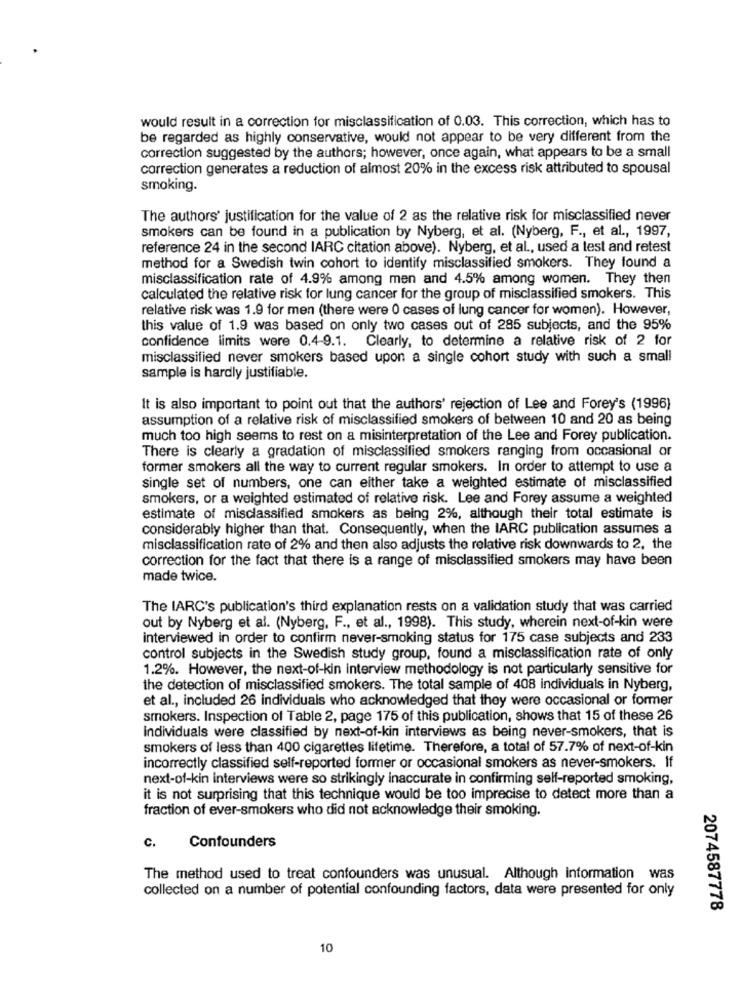
would result in a correction for misclassification of 0.03. This correction, which has to
be regarded as highly conservative, would not appear to be very different from the
correction suggested by the authors; however, once again, what appears to be a small
correction generates a reduction of almost 20% in the excess risk attributed to spousal
smoking.
The authors' justification for the value of 2 as the relative risk for misclassified never
smokers can be found in a publication by Nyberg, et al. (Nyberg, F ., et al ., 1997,
reference 24 in the second IARC citation above). Nyberg, et al ., used a test and retest
method for a Swedish twin cohort to identify misclassified smokers. They found a
misclassification rate of 4.9% among men and 4.5% among women. They then
calculated the relative risk for lung cancer for the group of misclassified smokers. This
relative risk was 1.9 for men (there were 0 cases of lung cancer for women). However,
this value of 1.9 was based on only two cases out of 285 subjects, and the 95%
confidence limits were 0.4-9.1. Clearly, to determine a relative risk of 2 for
misclassified never smokers based upon a single cohort study with such a small
sample is hardly justifiable.
It is also important to point out that the authors' rejection of Lee and Forey's (1996)
assumption of a relative risk of misclassified smokers of between 10 and 20 as being
much too high seems to rest on a misinterpretation of the Lee and Forey publication.
There is clearly a gradation of misclassified smokers ranging from occasional or
former smokers all the way to current regular smokers. In order to attempt to use a
single set of numbers, one can either take a weighted estimate of misclassified
smokers, or a weighted estimated of relative risk. Lee and Forey assume a weighted
estimate of misclassified smokers as being 2%, although their total estimate is
considerably higher than that. Consequently, when the IARC publication assumes a
misclassification rate of 2% and then also adjusts the relative risk downwards to 2, the
correction for the fact that there is a range of misclassified smokers may have been
made twice.
The IARC's publication's third explanation rests on a validation study that was carried
out by Nyberg et al. (Nyberg, F ., et al ., 1998). This study, wherein next-of-kin were
interviewed in order to confirm never-smoking status for 175 case subjects and 233
control subjects in the Swedish study group, found a misclassification rate of only
1.2%. However, the next-of-kin interview methodology is not particularly sensitive for
the detection of misclassified smokers. The total sample of 408 individuals in Nyberg,
et al ., included 26 individuals who acknowledged that they were occasional or former
smokers. Inspection of Table 2, page 175 of this publication, shows that 15 of these 26
individuals were classified by next-of-kin interviews as being never-smokers, that is
smokers of less than 400 cigarettes lifetime. Therefore, a total of 57.7% of next-of-kin
incorrectly classified self-reported former or occasional smokers as never-smokers. If
next-of-kin interviews were so strikingly inaccurate in confirming self-reported smoking,
it is not surprising that this technique would be too imprecise to detect more than a
fraction of ever-smokers who did not acknowledge their smoking.
c.
Confounders
The method used to treat confounders was unusual. Although information was
collected on a number of potential confounding factors, data were presented for only
2074587778
10